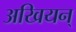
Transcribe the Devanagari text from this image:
अखियन्